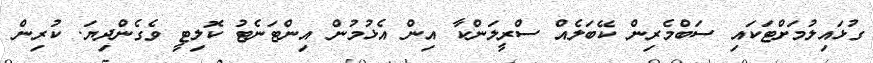
ގުޅައިލުމަށްޓަކައި ސަބްމެރިން ކޭބަލެއް ސްރީލަންކާ އިން އެޅުމުން އިންޓަނެޓު ކޮލިޓީ ވެގެންދިޔަ. ކުރިން